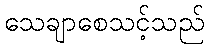
သေချာစေသင့်သည်